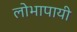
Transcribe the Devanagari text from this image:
लोभापायी